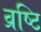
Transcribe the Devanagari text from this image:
व्रष्टि